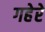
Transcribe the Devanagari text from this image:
गहेरे